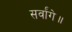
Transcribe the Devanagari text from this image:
सर्वांगे॥